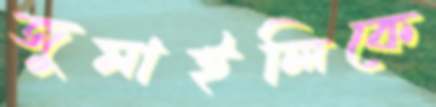
জুমাইলিকে